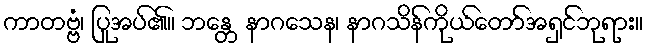
ကာတဗ္ဗံ၊ ပြုအပ်၏။ ဘန္တေ နာဂသေန၊ နာဂသိန်ကိုယ်တော်အရှင်ဘုရား။